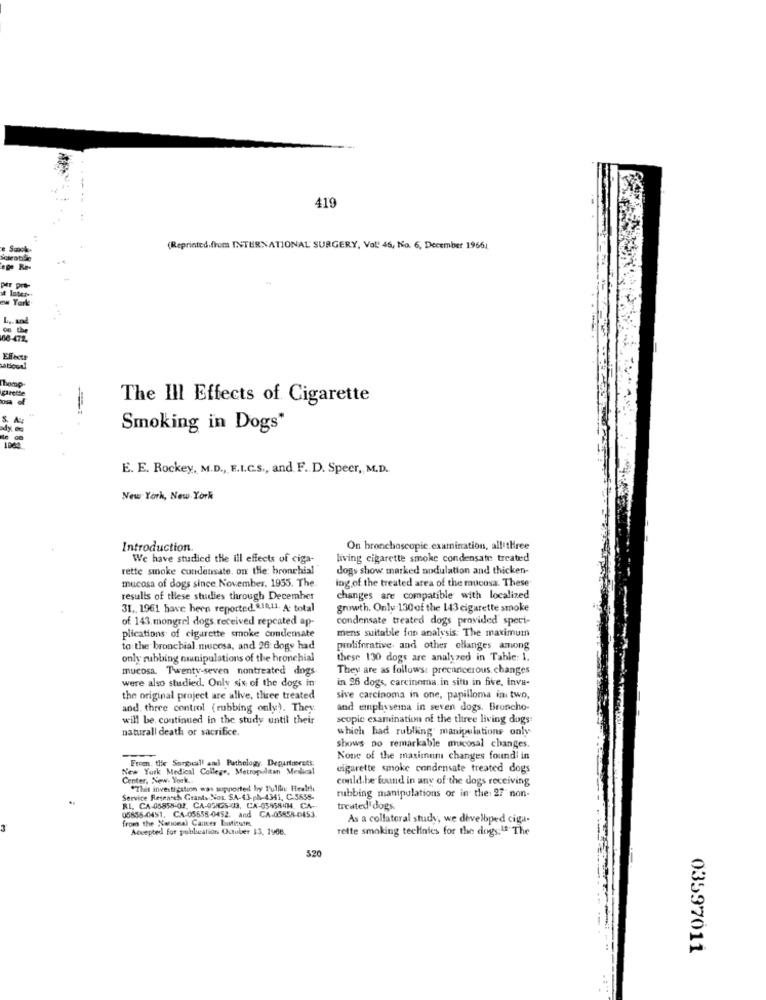
419
Sonok-
(Reprinted from INTERNATIONAL SURGERY, Vol! 46, No. 6. December 19661
.De Re-
ew York
L .. and
00 the
08-472.
presse
The Ill Effects of Cigarette
S. M
Smoking in Dogs"
1964
E. E. Rockey, M.D ., F.I.C.S ., and F. D. Speer, M.D.
New York, New York
Introduction.
On bronchoscopie.examination, allithree
We have studied the ill effects of ciga-
living cigarette smoke condensate treated
rette smoke condensate. on the: bronchial
dogs show marked nodulation and thicken-
mucosa of dogs since November. 1955. The.
ing of the treated area of the mucosa. These'
results of these studies through December
changes are compatible with localized
31 ,, 1961 have been reported. @10,11. A total
growth. Only-130 of the 143 cigarette smoke
of 143. mongrel dogs received repeated ap-
condensate treated dogs provided speci-
mens suitable for analysis: The maximum
plications of cigarette smoke condensate
to: the bronchial. mucosa, and 26: dogy had
proliferative, and other ellanges among
only rubbing manipulations of the bronchial
these 130 dogs are analyzed in Table: 1.
mucosa. Twenty-seven nontreated dogs
They are as follows: precancerous. changes
in 26 dogs, carcinoma in situ in five, inva-
were also studied. Only six of the dogs in
the original project are alive, three treated
sive carcinoma in one, papilloma in two,
and. three control (rubbing only). They.
and emphysema in seven dogs. Broncho-
will be. continued in the study until their
scopie examination of the three living dogs:
naturall death or sacrifice.
which bad rublking manipulations only
shows Do remarkable mucosal changes.
None of the maximum changes found in
From the Surgical and Pathology Departments.
New York Medical College, Metropolitan Medical
cigarette smoke condensate treated dogs
Center, New York ..
conld.be found in any of the dogs receiving
"This investigation was supported by P'ulike Health
rubbing manipulations or in the: 27 non-
Service Research Grants Nos. SA-43-pb-4341, C.5858-
RI. CA-05858-OF, CA-05/05:03. CA-054584H4. CA-
05856-0451. CA-05658-0452. and CA.05858-0453.
treated dogs
from the Nononal Cancer Euticusm.
As a collateral study, we developed ciga-
3
Accepted for publsealion October 13. 1908.
rette smoking teclinies for the dogs.1ª The
320
03597011